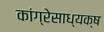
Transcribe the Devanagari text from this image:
कांग्रेसाध्यक्ष